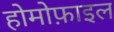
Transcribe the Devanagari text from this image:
होमोफ़ाइल